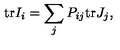
\mathrm { t r } I _ { i } = \sum _ { j } P _ { i j } \mathrm { t r } J _ { j } ,